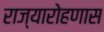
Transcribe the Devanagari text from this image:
राज्यारोहणास